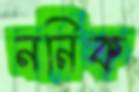
ননিক